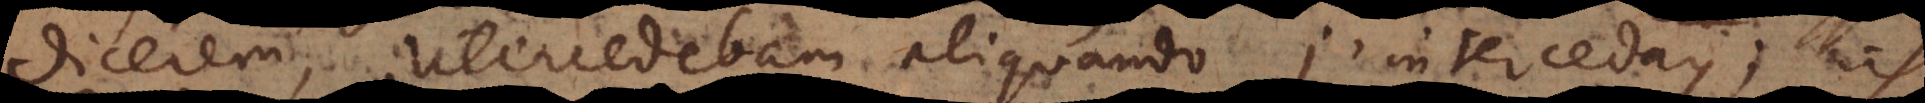
dicerem, intercedebam aliquando, j’interceday; ich